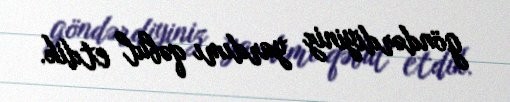
göndərdiyiniz yardımı qəbul etdik.